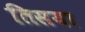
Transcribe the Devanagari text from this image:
तिसया